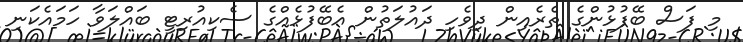
މި ފަސް ބޭފުޅުންގެ ތެރެއިން ދިވެހި ދައުލަތުން އެބޭފުޅެއްގެ ސެކިއުރިޓީ ބައްލަވާ ހަމައެކަނި